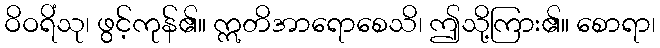
ဝိဝရိံသု၊ ဖွင့်ကုန်၏။ ဣတိအာရောစေသိ၊ ဤသို့ကြား၏။ စောရာ၊